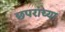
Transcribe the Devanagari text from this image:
छपरांच्या